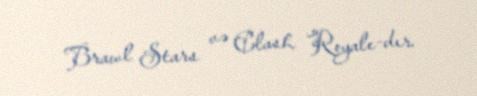
Brawl Stars və Clash Royale-dır.